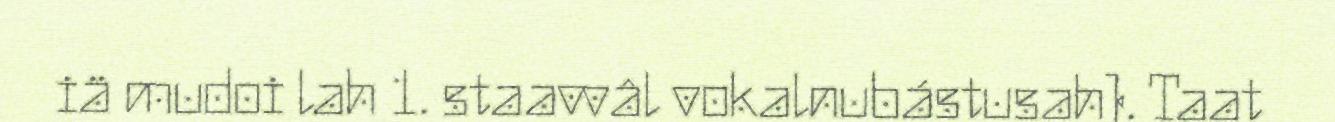
iä mudoi lah 1. staavvâl vokalnubástusah). Taat